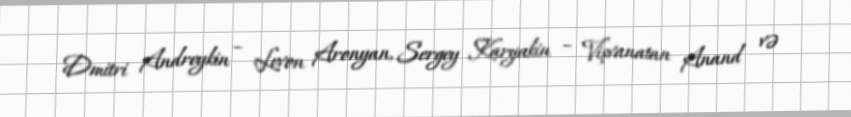
Dmitri Andreykin – Levon Aronyan, Sergey Karyakin – Vişvanatan Anand və